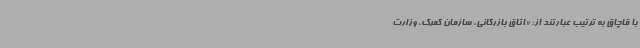
با قاچاق به ترتیب عبارتند از: «اتاق بازرگانی، سازمان گمرک، وزارت